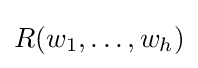
R(w_{1},\ldots ,w_{h})